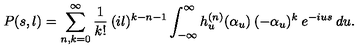
P ( s , l ) = \sum _ { n , k = 0 } ^ { \infty } \frac { 1 } { k ! } \: ( i l ) ^ { k - n - 1 } \int _ { - \infty } ^ { \infty } h _ { u } ^ { ( n ) } ( \alpha _ { u } ) \: ( - \alpha _ { u } ) ^ { k } \: e ^ { - i u s } \: d u .